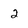
Character: 2